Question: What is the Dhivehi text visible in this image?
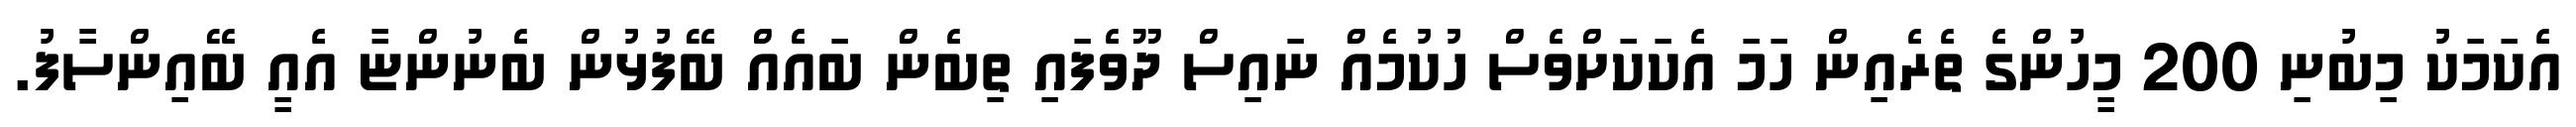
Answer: އެކަމަކު މިބުނި 200 މީހުންގެ ތެރެއިން ހަމަ އެކަކަށްވެސް ހުކުމެއް ނައިސް ދޫވެފައި ތިބެން ބައެއް ބޭފުޅުން ބެނުންޏާ އެއީ ބޭއިންސާފު.